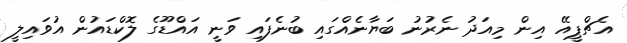
އެޗްޕީއޭ އިން މިއަދު ނެރުނު ބަޔާނެއްގައި ބުނެފައި ވަނީ އައްޑޫގެ ލޮކްޑައުން އުވައިލީ